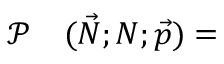
\begin{array} { r l } { \mathcal { P } } & { { } ( \vec { N } ; N ; \vec { p } ) = } \end{array}